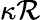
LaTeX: \kappa\mathcal{R}